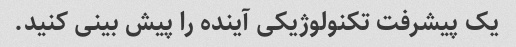
یک پیشرفت تکنولوژیکی آینده را پیش بینی کنید.